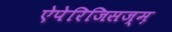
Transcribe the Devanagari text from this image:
ऐपेरिजिसज्म़